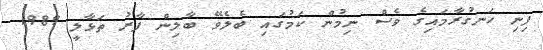
ފިނި ހަނގުރާމައިގެ ވެސް ނިމުން ކަމުގައި ބެލެވޭ ބާލިން ފާރު ތަޅާލީ 1989